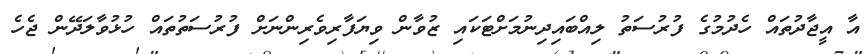
އާ އީޖާދުތައް ހެދުމުގެ ފުރުސަތު ލިއްބައިދިނުމަށްޓަކައި ޒުވާން ވިޔަފާރިވެރިންނަށް ފުރުސަތުތައް ހުޅުވާލަދޭން ޖެހެ